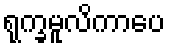
ရုက္ခမူလိကာပေ